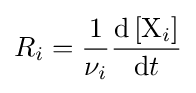
R_{i}={\frac {1}{\nu _{i}}}{\frac {\mathrm {d} \left[\mathrm {X} _{i}\right]}{\mathrm {d} t}}